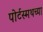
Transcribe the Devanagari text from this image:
पोर्टस्मथच्या